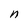
Character: n